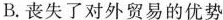
B.丧失了对外贸易的优势